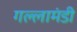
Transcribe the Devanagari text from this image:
गल्लामंडी